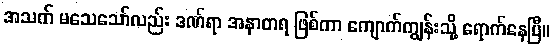
အသက် မသေသော်လည်း ဒဏ်ရာ အနာတရ ဖြစ်ကာ ကျောက်ကျွန်းသို့ ရောက်နေပြီ။